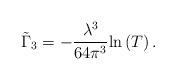
LaTeX: \begin{align*}\tilde\Gamma_3=-\frac{\lambda^3}{64 \pi^3}{\rm ln}\left(T\right) .\end{align*}